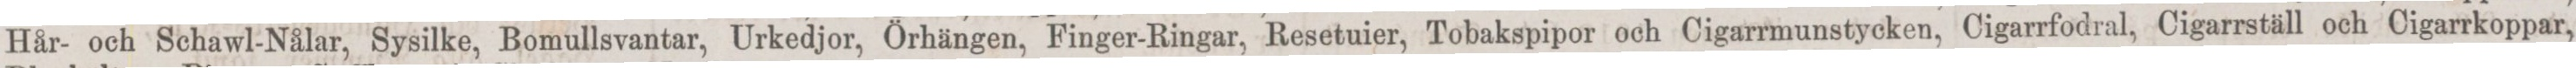
Hår- och Schawl-Nålar, Sysilke, Bomullsvantar, Urkedjor, Örhängen, Finger-Ringar, Resetuier, Tobakspipor och Cigarrmunstycken, Cigarrfodral, Cigarrställ och Cigarrkoppar,